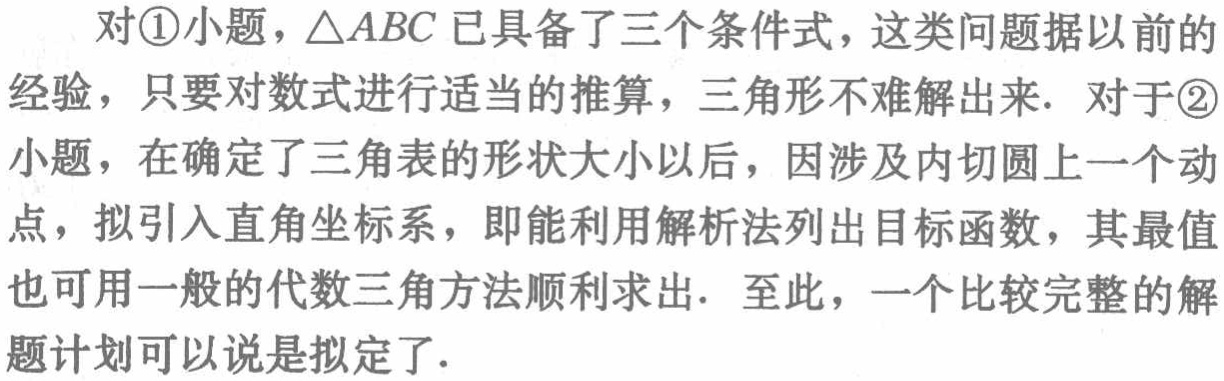
对\textcircled{1}小题，$\triangle ABC$已具备了三个条件式，这类问题据以前的经验，只要对数式进行适当的推算，三角形不难解出来. 对于\textcircled{2}小题，在确定了三角表的形状大小以后，因涉及内切圆上一个动点，拟引入直角坐标系，即能利用解析法列出目标函数，其最值也可用一般的代数三角方法顺利求出. 至此，一个比较完整的解题计划可以说是拟定了.